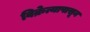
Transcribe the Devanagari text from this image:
विक्रेत्यापासून